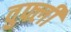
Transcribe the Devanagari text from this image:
वुफ्ली